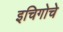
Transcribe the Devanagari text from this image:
इचिगोचे